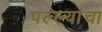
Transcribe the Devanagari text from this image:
पल्ल्यांचा